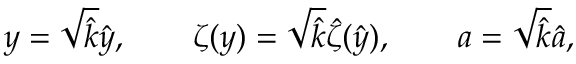
y = \sqrt { \hat { k } } \hat { y } , \qquad \zeta ( y ) = \sqrt { \hat { k } } \hat { \zeta } ( \hat { y } ) , \qquad a = \sqrt { \hat { k } } \hat { a } ,